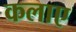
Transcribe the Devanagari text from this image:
कलाए